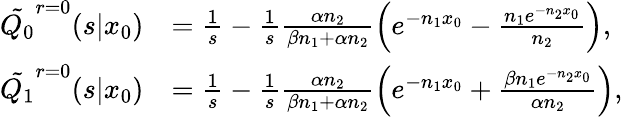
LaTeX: \begin{array}{rl}{\tilde{Q_{0}}^{r=0}(s|x_{0})}&{=\frac{1}{s}-\frac{1}{s}\frac{\alpha n_{2}}{\beta n_{1}+\alpha n_{2}}\left(e^{-n_{1}x_{0}}-\frac{n_{1}e^{-n_{2}x_{0}}}{n_{2}}\right),}\\ {\tilde{Q_{1}}^{r=0}(s|x_{0})}&{=\frac{1}{s}-\frac{1}{s}\frac{\alpha n_{2}}{\beta n_{1}+\alpha n_{2}}\left(e^{-n_{1}x_{0}}+\frac{\beta n_{1}e^{-n_{2}x_{0}}}{\alpha n_{2}}\right),}\end{array}